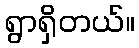
ရွာရှိတယ်။